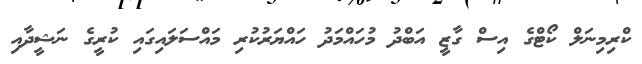
ކްރިމިނަލް ކޯޓްގެ އިސް ގާޒީ އަބްދު މުހައްމަދު ހައްޔަރުކުރި މައްސަލައިގައި ކުރީގެ ނަޝީދާއި